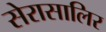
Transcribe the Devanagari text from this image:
सेरासालिर